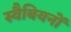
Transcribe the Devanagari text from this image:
स्वैबियनों